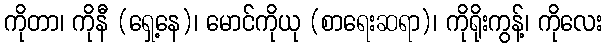
ကိုတာ၊ ကိုနီ (ရှေ့နေ)၊ မောင်ကိုယု (စာရေးဆရာ)၊ ကိုရိုးကွန့်၊ ကိုလေး